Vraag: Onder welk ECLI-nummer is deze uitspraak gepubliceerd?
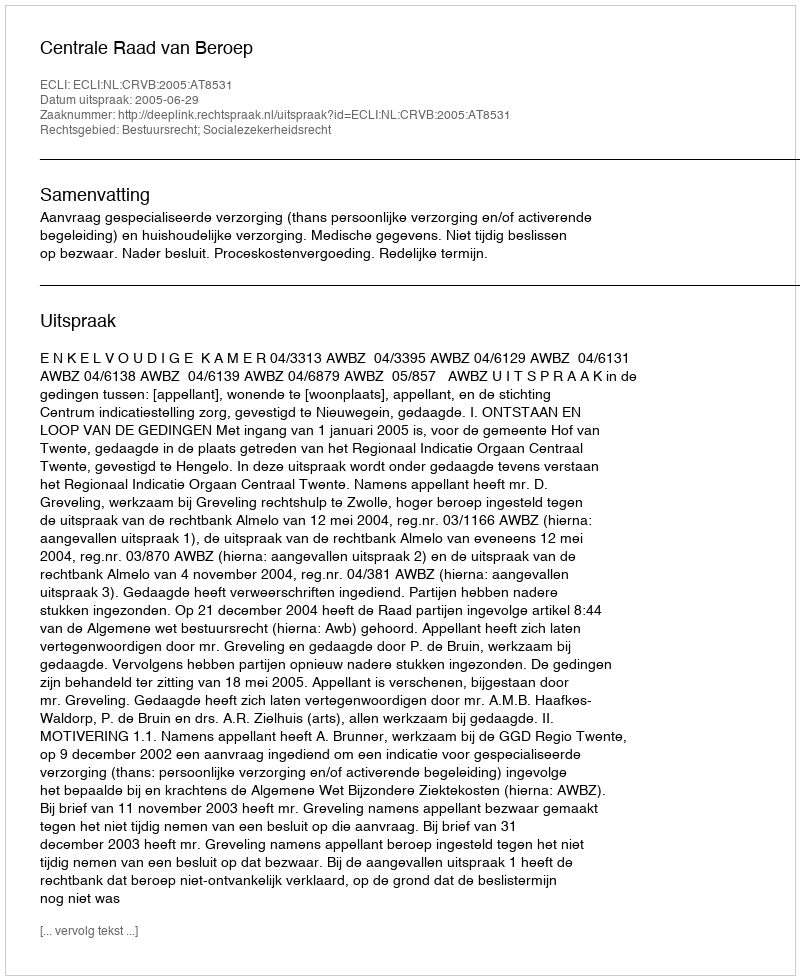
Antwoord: ECLI:NL:CRVB:2005:AT8531